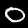
Digit: 0